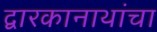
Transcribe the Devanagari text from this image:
द्वारकानाथांचा